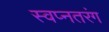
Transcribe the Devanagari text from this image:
स्वप्नतरंग